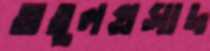
অতুলপ্রসাদ